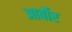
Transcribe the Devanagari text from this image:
आर्बोर